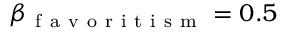
\beta _ { \mathrm { ~ f ~ a ~ v ~ o ~ r ~ i ~ t ~ i ~ s ~ m ~ } } = 0 . 5